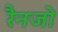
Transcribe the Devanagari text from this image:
रैनजो